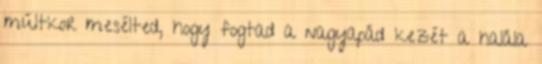
múltkor mesélted, hogy fogtad a nagyapád kezét a halála